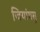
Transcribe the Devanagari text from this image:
जियांगसु